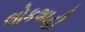
લોકશાહી